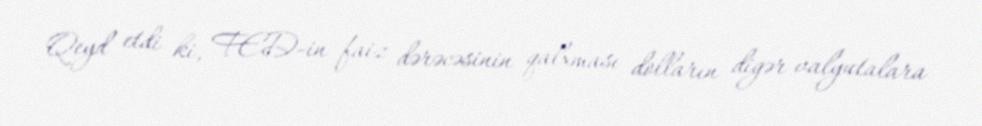
Qeyd etdi ki, FED-in faiz dərəcəsinin qalxması dolların digər valyutalara